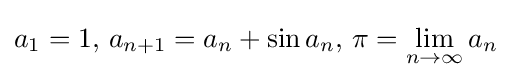
a_{1}=1,\,a_{n+1}=a_{n}+\sin a_{n},\,\pi =\lim _{n\to \infty }a_{n}